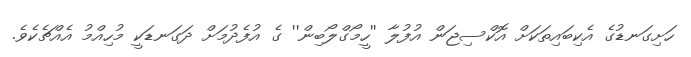
ހަށިގަނޑުގެ އެކިބައިތަކަށް އޮކްސިޖަން އުފުލާ ''ހީމޯގްލޯބިން'' ގެ އުފެދުމަށް ދަގަނޑަކީ މުހިއްމު އެއްޗެކެވެ.